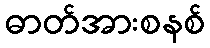
ဓာတ်အားစနစ်